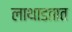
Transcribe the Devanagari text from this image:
लाथाडतात